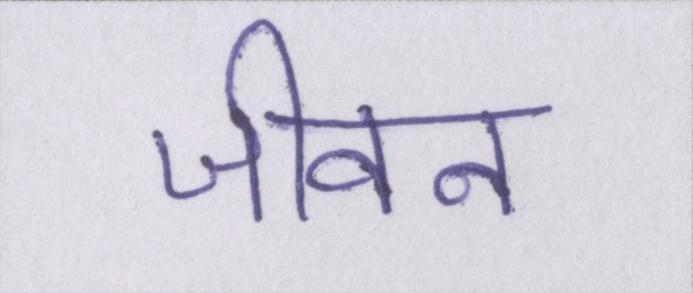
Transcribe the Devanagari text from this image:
जीवन